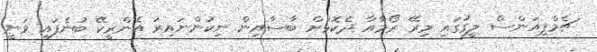
ޗެމްޕިއަންސް ލީގުގައި މިރޭ ރޯމާއާ ދެކޮޅަށް ބާސާއިން ނިކުންނައިރު އެންރީކޭ ބުނެފައި ވަނީ